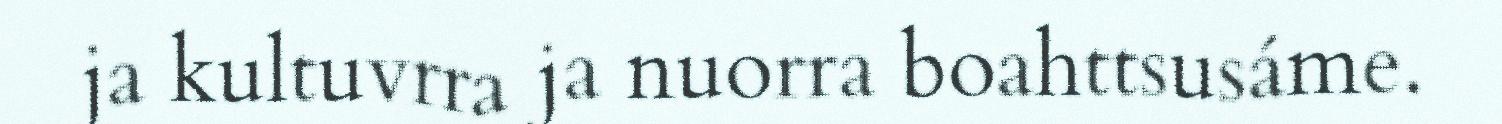
ja kultuvrra ja nuorra boahttsusáme.